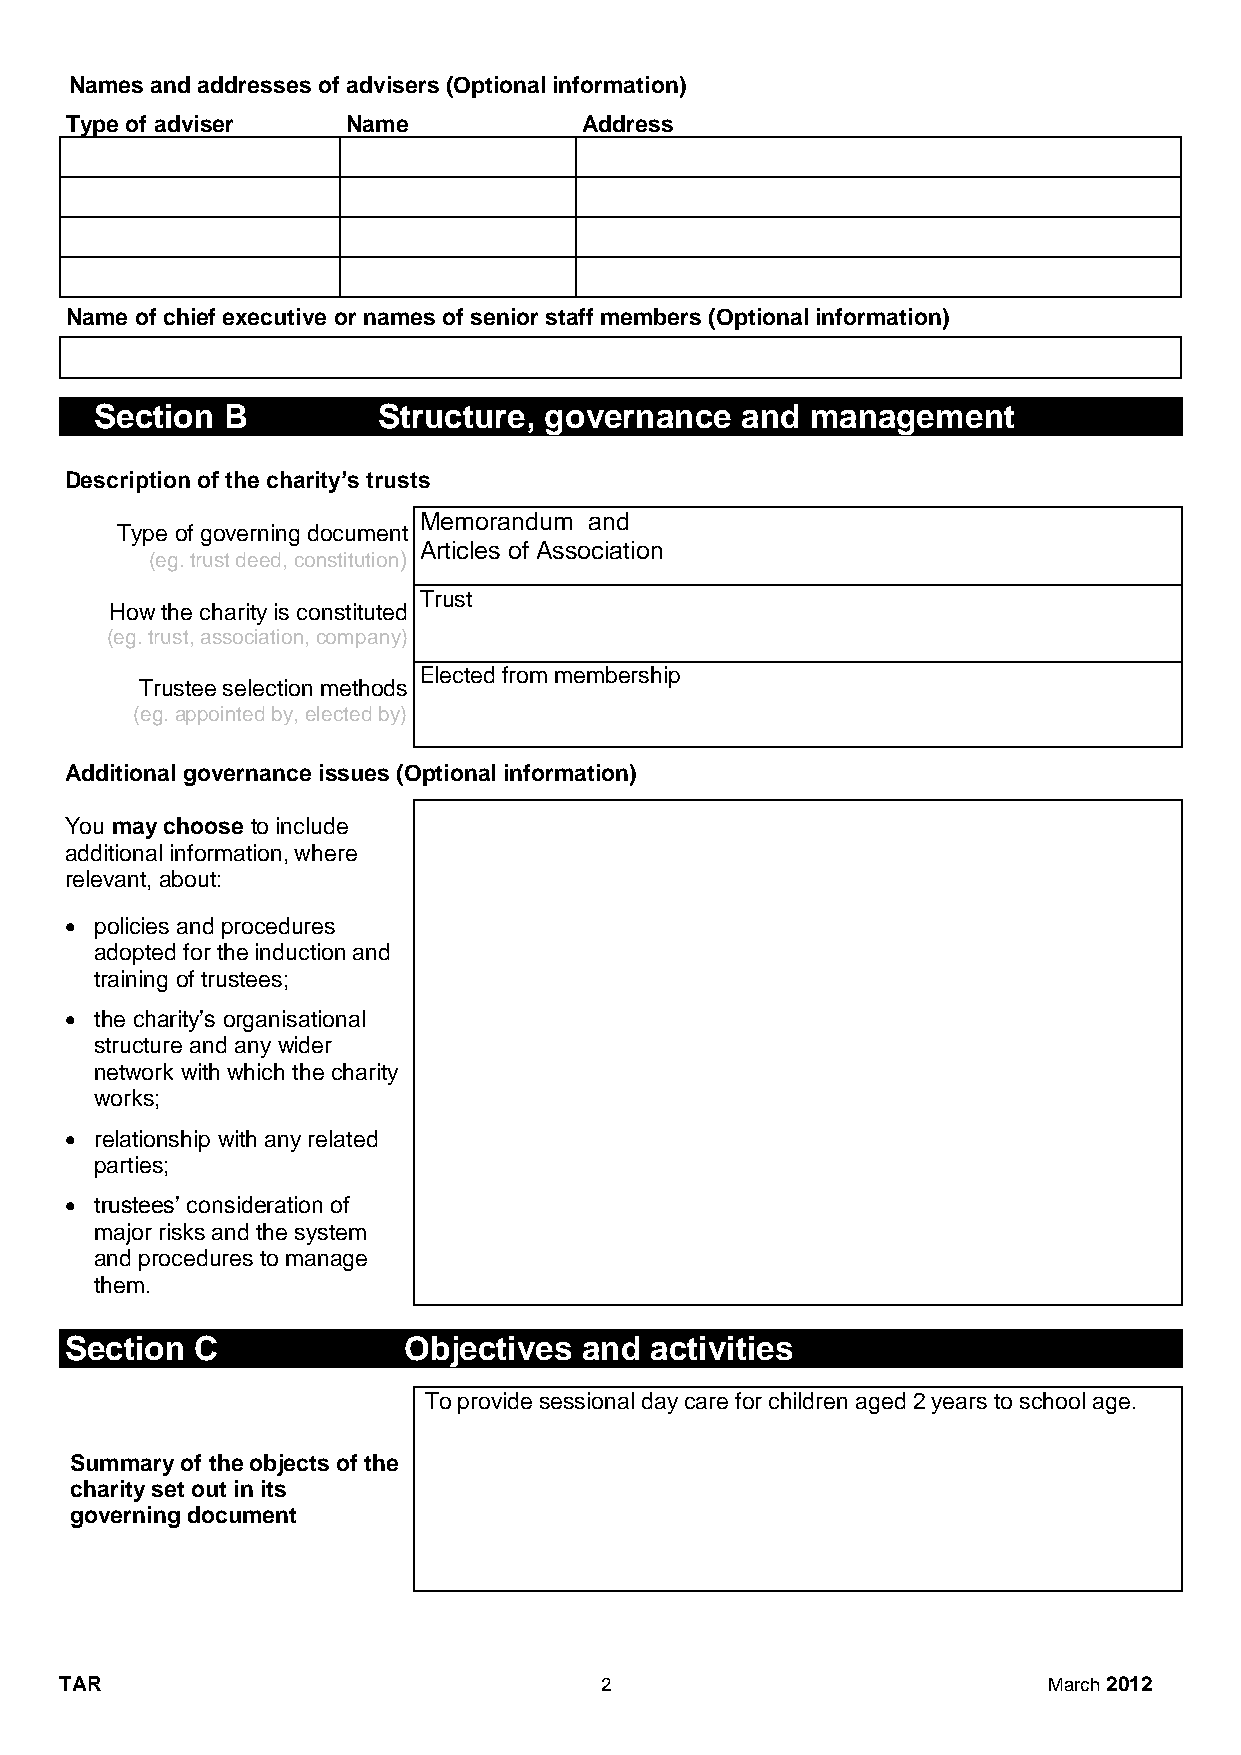
Names and addresses of advisers (Optional information)
 Type of adviser    Name            Address
 Name of chief executive or names of senior staff members (Optional information)
 Section  B         Structure, governance   and  management
 Description of the charity’s trusts
 Memorandum and
 Type of governing document
 Articles of Association
 (eg. trust deed, constitution)
 Trust
 How the charity is constituted
 (eg. trust, association, company)
 Elected from membership
 Trustee selection methods
 (eg. appointed by, elected by)
 Additional governance issues (Optional information)
 You may choose to include
 additional information, where
 relevant, about:
  policies and procedures
 adopted for the induction and
 training of trustees;
  the charity’s organisational
 structure and any wider
 network with which the charity
 works;
  relationship with any related
 parties;
  trustees’ consideration of
 major risks and the system
 and procedures to manage
 them.
 Section  C             Objectives and  activities
 To provide sessional day care for children aged 2 years to school age.
 Summary of the objects of the
 charity set out in its
 governing document
 TAR                                 2                            March 2012